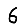
Digit: 6